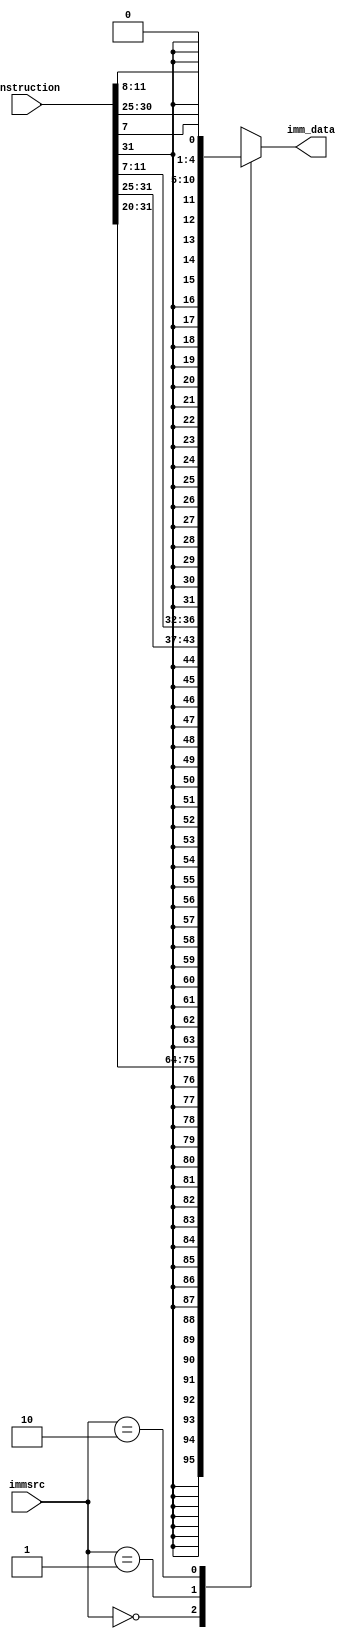
module immext(instruction,immsrc,imm_data);
input [31:0] instruction;
input [1:0] immsrc;
output [31:0] imm_data;
reg [31:0] imm_data;
always @(instruction or immsrc)
begin
  case(immsrc)
 2'b00: imm_data = {{20{instruction[31]}},instruction[31:20]};
 2'b01: imm_data = {{20{instruction[31]}},instruction[31:25],instruction[11:7]};
 2'b10: imm_data = {{20{instruction[31]}},instruction[7],instruction[30:25],instruction[11:8],1'b0};
 default: imm_data = 32'bx;
 endcase
end
endmodule